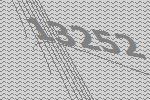
13252